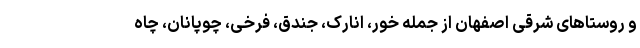
و روستاهای شرقی اصفهان از جمله خور، انارک، جندق، فرخی، چوپانان، چاه